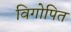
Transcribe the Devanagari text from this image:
विगोपित